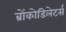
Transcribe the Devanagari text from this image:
ब्रोंकोडिलेटर्स